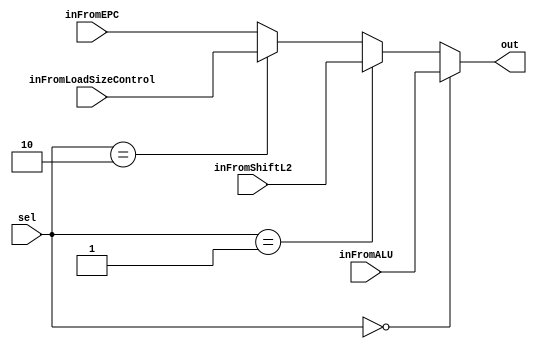
module mux_PcSrc (
  input wire [1:0] sel,
  input wire [31:0] inFromALU, 
  input wire [31:0] inFromShiftL2,
  input wire [31:0] inFromLoadSizeControl,
  input wire [31:0] inFromEPC,
  output wire [31:0] out
);

  assign out =  (sel == 0) ? inFromALU :
                (sel == 1) ? inFromShiftL2:
                (sel == 2) ? inFromLoadSizeControl:
                inFromEPC;

endmodule